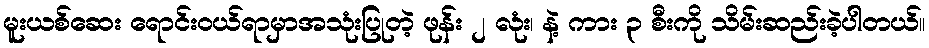
မူးယစ်ဆေး ရောင်းဝယ်ရာမှာအသုံးပြုတဲ့ ဖုန်း ၂ လုံး၊ နဲ့ ကား ၃ စီးကို သိမ်းဆည်းခဲ့ပါတယ်။